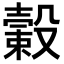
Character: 𣫎